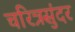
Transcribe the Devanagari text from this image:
चरित्रसुंदर